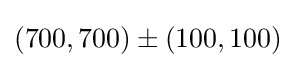
(700,700)\pm (100,100)